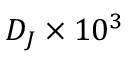
D _ { J } \times 1 0 ^ { 3 }